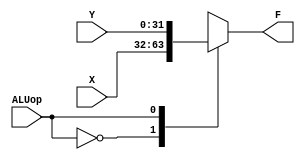
`timescale 1ns / 1ps
//////////////////////////////////////////////////////////////////////////////////
// Module Name:    MUX_2_1
//////////////////////////////////////////////////////////////////////////////////
module MUX_2_1(X, Y, ALUop, F);
    input [31:0]X, Y; // B, B complement 32-input
    input ALUop; //Selector signal to determine sum or sub
    output reg[31:0]F; //Final B 32-output
	 always @(X, Y, ALUop)
				 case (ALUop)
				 0: F <=X; //send 0 signal out
				 1: F <=Y; //send 1 signal out
				 default: F <= "ZZZZZZZZZZZZZZZZZZZZZZZZZZZZZZZZ";
				 endcase
endmodule